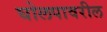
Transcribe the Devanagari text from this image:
घोलपावरील